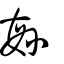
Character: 緐